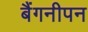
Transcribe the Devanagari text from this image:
बैंगनीपन